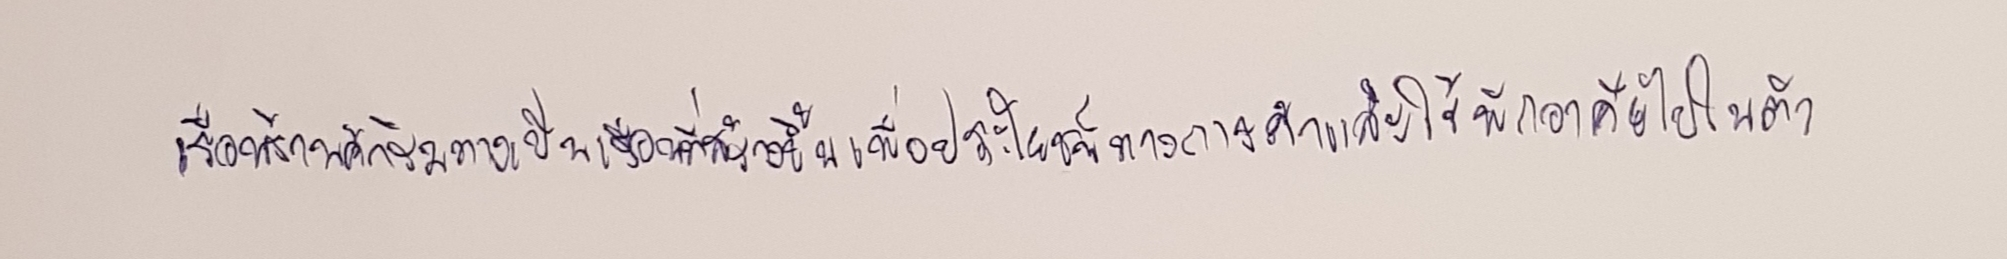
เรือนร้านค้าริมทางเป็นเรือนที่สร้างขึ้นเพื่อประโยชน์ทางการค้าและใช้พักอาศัยไปในตัว